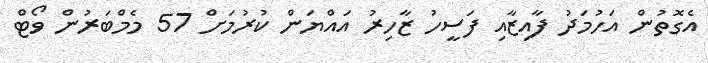
އެގޮތުން އަހުމަދު ފާއިޒާއި ފަސީހު ޒާހިރު އައްޔަން ކުރުމަށް 57 މެމްބަރުން ވޯޓް